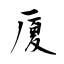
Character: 厦